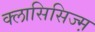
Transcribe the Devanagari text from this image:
क्लासिसिज्म़